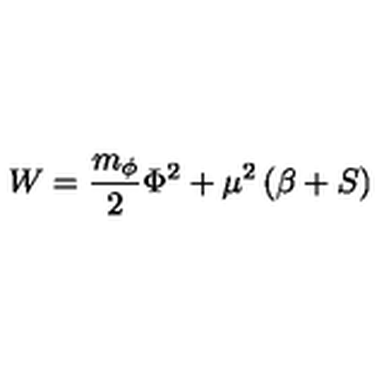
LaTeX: W = \frac { m _ { \phi } } { 2 } \Phi ^ { 2 } + \mu ^ { 2 } \left( \beta + S \right)